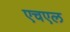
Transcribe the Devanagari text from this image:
एचएल